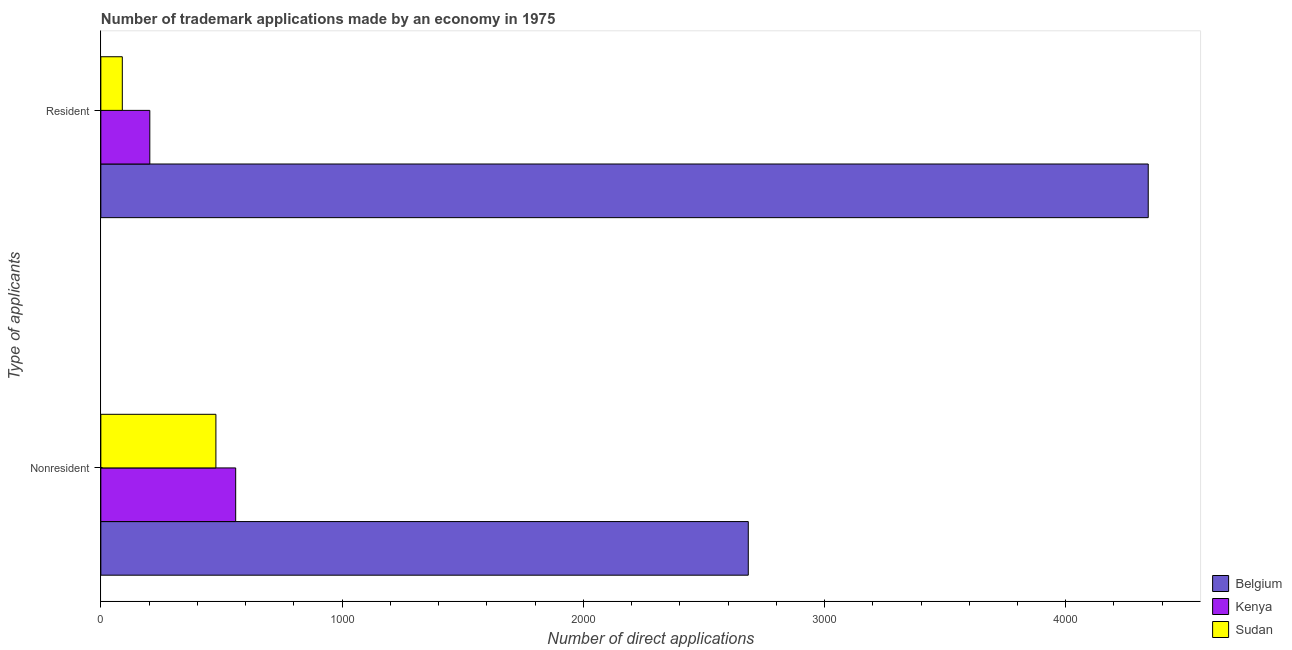
| Type of applicants | Belgium | Kenya | Sudan |
 | --- | --- | --- | --- |
 | Nonresident | 2.68e+03 | 559 | 477 |
 | Resident | 4.34e+03 | 203 | 89 |